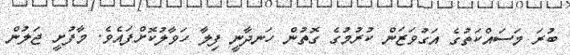
ބުރަ މަސައްކަތުގެ އަގުވަޒަން ކުރުމުގެ ގޮތުން ހަނދާނީ ފިލާ ހަވާލުކޮށްފައެވެ. މާފުށީ ޖަލުން